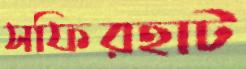
সফিরহাট